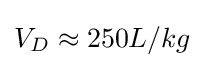
V_{D}\approx 250L/kg